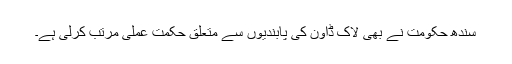
سندھ حکومت نے بھی لاک ڈاون کی پابندیوں سے متعلق حکمت عملی مرتب کرلی ہے۔